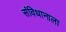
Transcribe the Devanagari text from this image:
संविधानाला